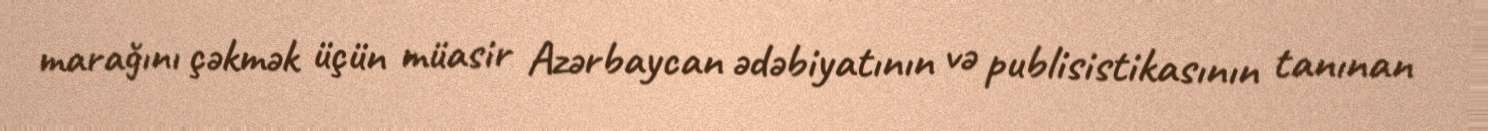
marağını çəkmək üçün müasir Azərbaycan ədəbiyatının və publisistikasının tanınan